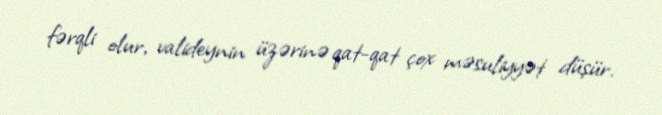
fərqli olur, valideynin üzərinə qat-qat çox məsuliyyət düşür.